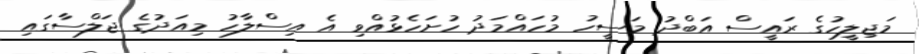
މަޖިލީހުގެ ރައީސް އަބްދު މަސީހު މުހައްމަދު ހުށަހެޅުއްވި އެ އިސްލާހު މިއަދުގެ ޖަލްސާގައި